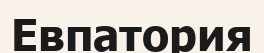
Евпатория